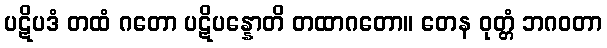
ပဋိပဒံ တထံ ဂတော ပဋိပန္နောတိ တထာဂတော။ တေန ဝုတ္တံ ဘဂဝတာ